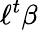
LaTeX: \ell^{t}\beta